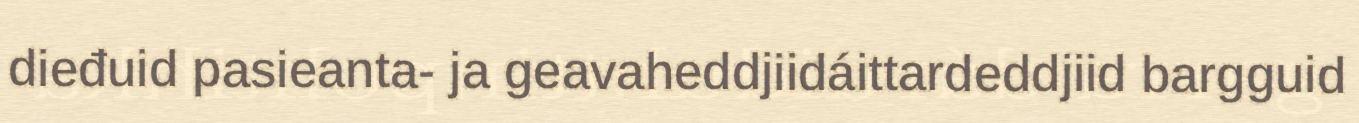
dieđuid pasieanta- ja geavaheddjiidáittardeddjiid bargguid